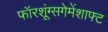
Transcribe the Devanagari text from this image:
फॉरशूंग्सगेमेंशाफ्ट